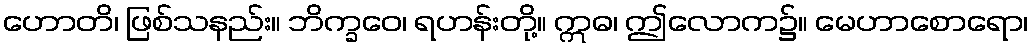
ဟောတိ၊ ဖြစ်သနည်း။ ဘိက္ခဝေ၊ ရဟန်းတို့။ ဣဓ၊ ဤလောက၌။ မေဟာစောရော၊